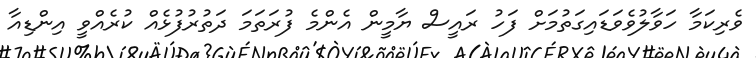
ވެރިކަމާ ހަވާލުވެވަޑައިގަތުމަށް ފަހު ރައީސް ޔާމީން އެންމެ ފުރަތަމަ ދަތުރުފުޅެއް ކުރެއްވީ އިންޑިއާ